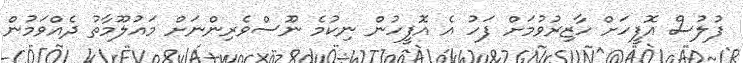
ފުލުސް އޮފީހަށް ހާޒިރުވުމަށް ފަހު އެ އޮފީހުން ނިކުމެ ނޫސްވެރިންނަށް މައުލޫމާތު ދެއްވަމުން